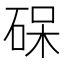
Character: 𮀛